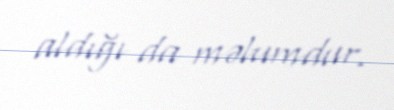
aldığı da məlumdur.